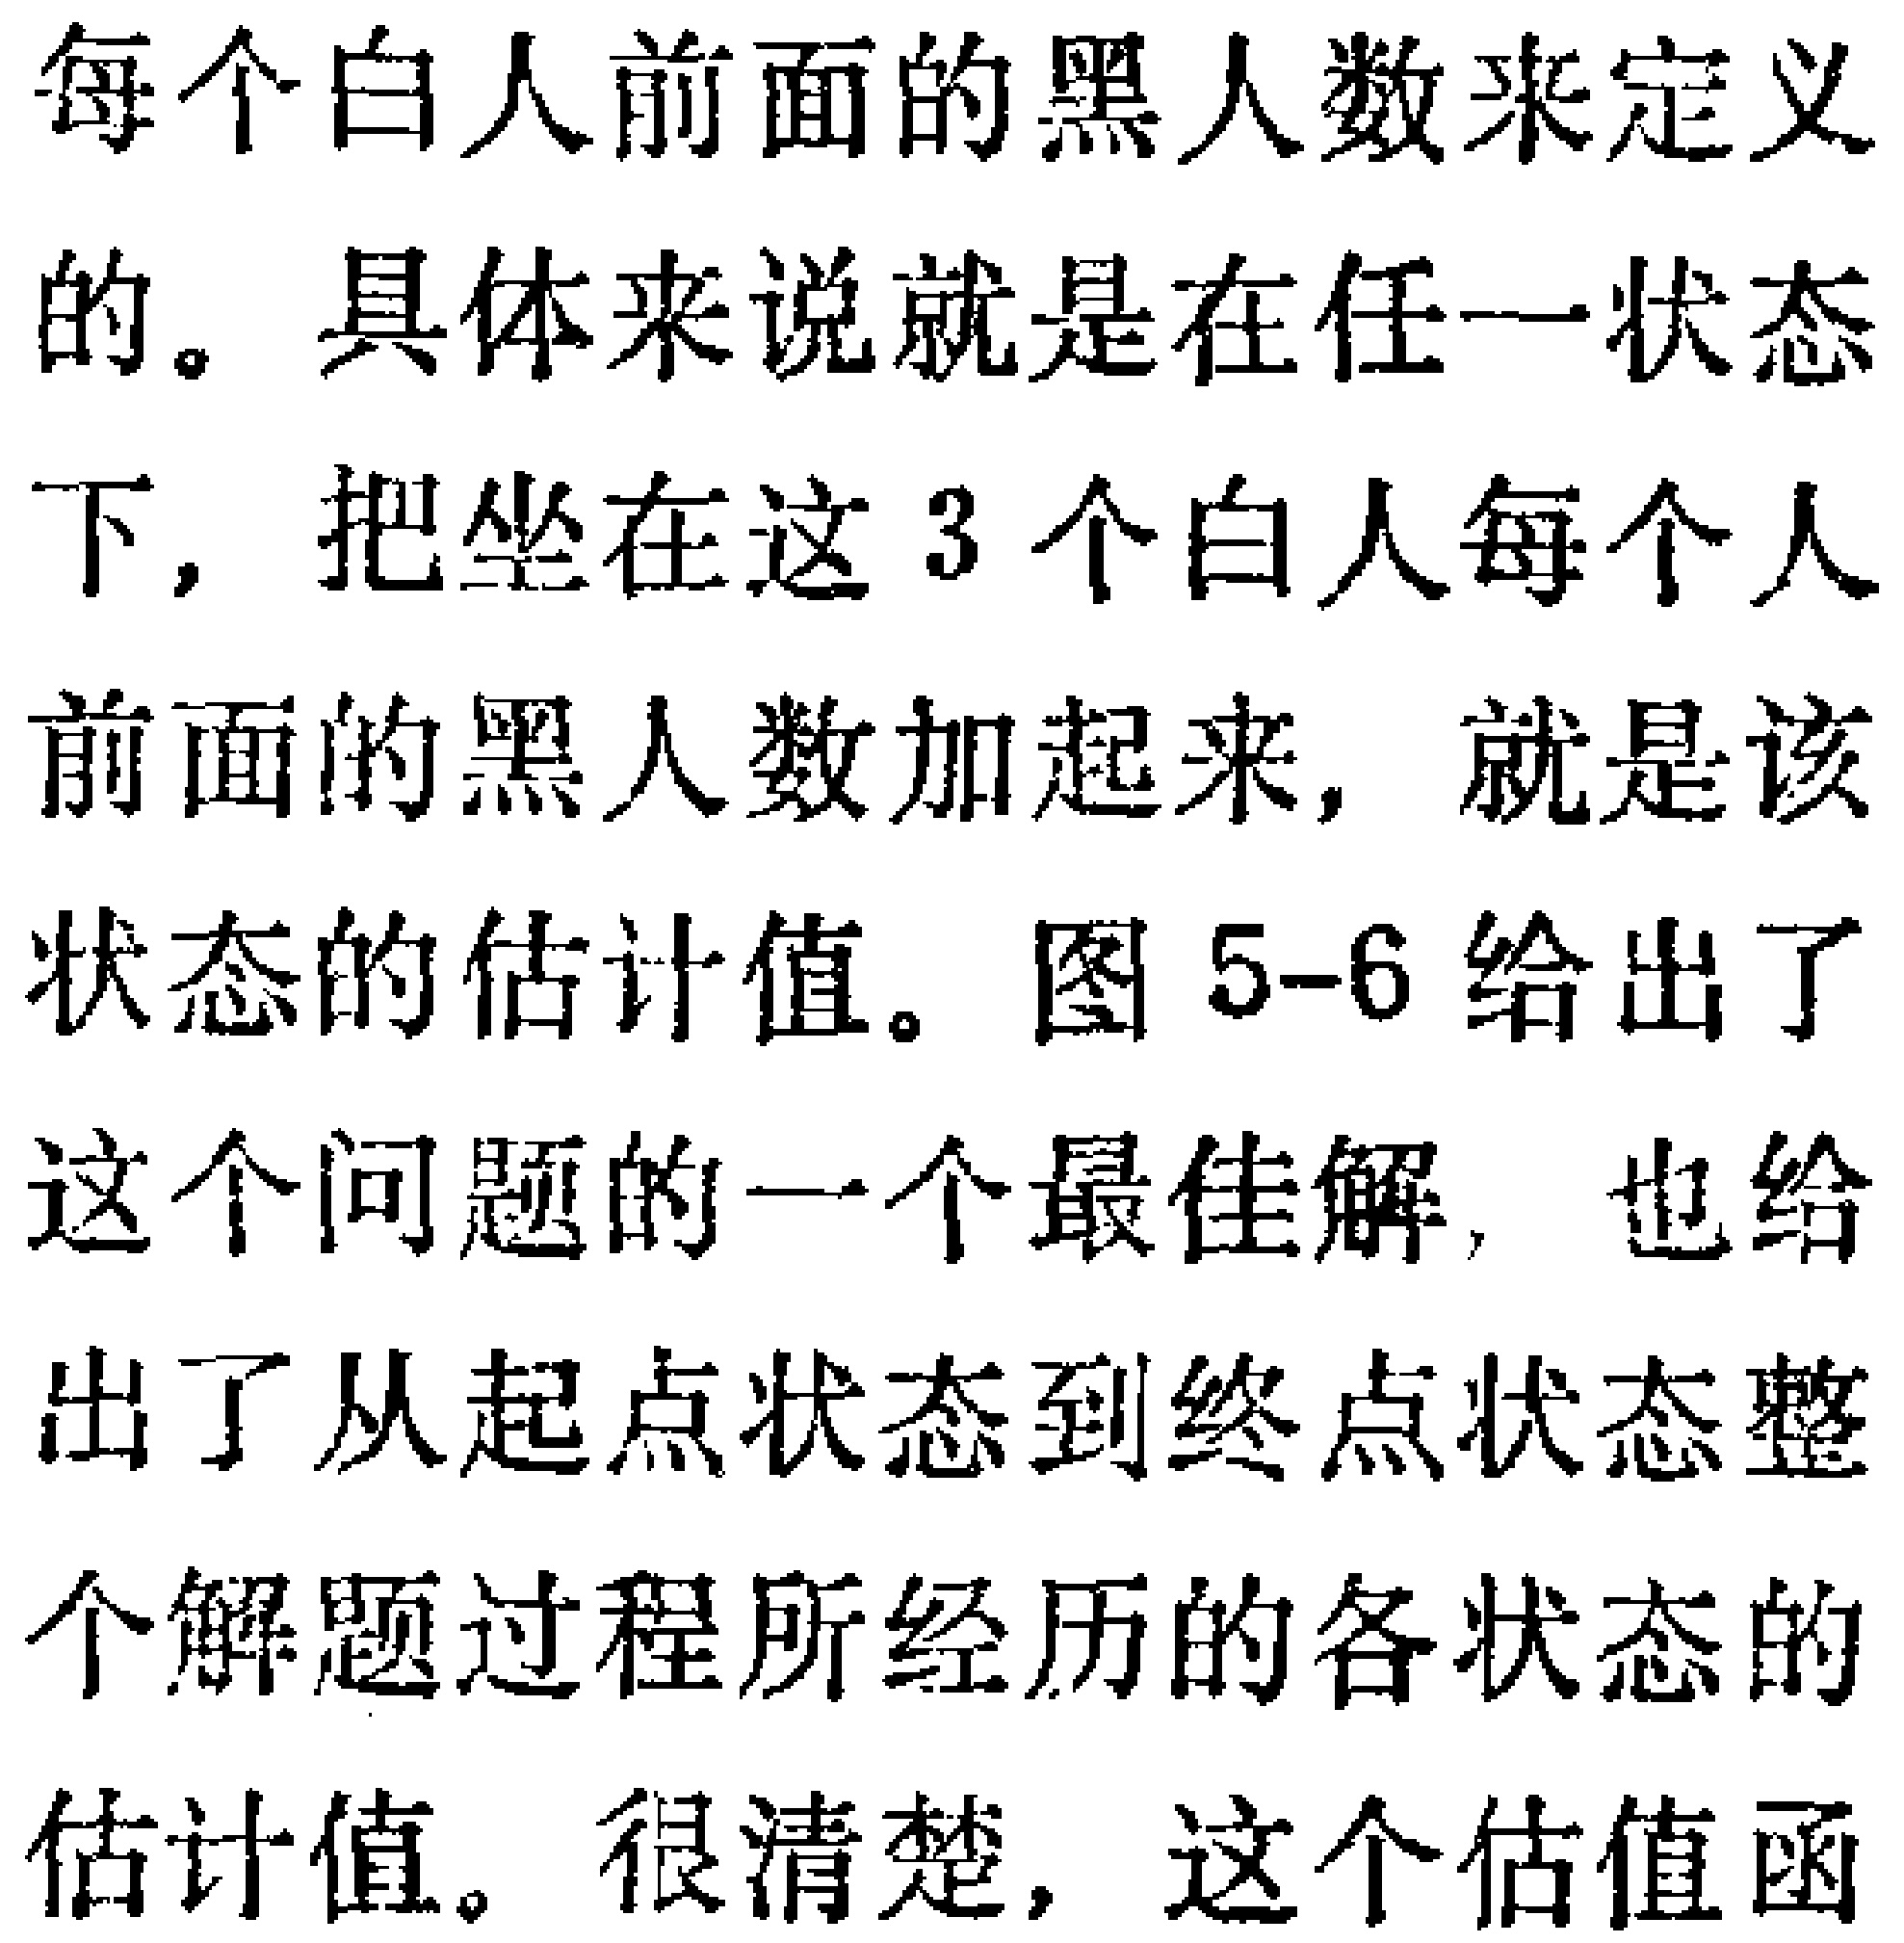
每个白人前面的黑人数来定义

的。具体来说就是在任一状态

下，把坐在这3个白人每个人

前面的黑人数加起来，就是该

状态的估计值。图5-6给出了

这个问题的一个最佳解，也给

出了从起点状态到终点状态整

个解题过程所经历的各状态的

估计值。很清楚，这个估值函